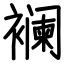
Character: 襕